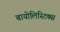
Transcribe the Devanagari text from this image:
बायोलिस्टिक्स